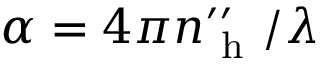
\alpha = 4 \pi n _ { \mathrm { ~ h ~ } } ^ { \prime \prime } / \lambda